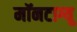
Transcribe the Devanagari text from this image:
मॉनटाग्यू